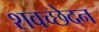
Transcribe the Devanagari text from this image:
शवच्छेदन